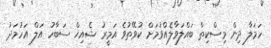
ހަމަލާ ދިން މިސްކިތް ބައްލަވާލެއްވުމަށް ކުވޭތުވެ އަމީރު ޝެއިޚް ސަބާހު އަލް އަހުމަދު